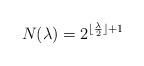
LaTeX: \begin{align*}N(\lambda) = 2^{\lfloor \frac{\lambda}{2} \rfloor + 1}\end{align*}